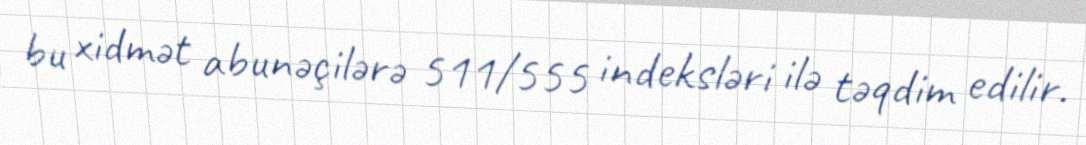
bu xidmət abunəçilərə 511/555 indeksləri ilə təqdim edilir.